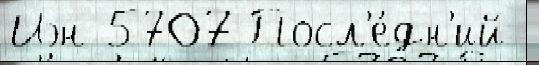
Иэн 5707 Посл'е́дн'ий